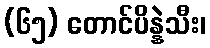
(၆၅) တောင်ပိန္နဲသီး၊